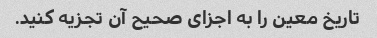
تاریخ معین را به اجزای صحیح آن تجزیه کنید.